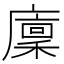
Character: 廩